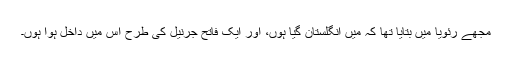
مجھے رئویا میں بتایا تھا کہ میں انگلستان گیا ہوں، اور ایک فاتح جرنیل کی طرح اس میں داخل ہوا ہوں۔